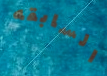
السابقه